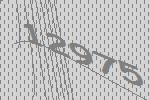
12975